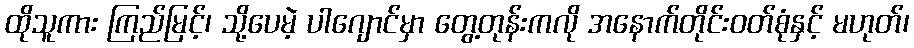
ထိုသူကား ကြည်မြင့်၊ သို့ပေမဲ့ ပါဂျောင်မှာ တွေ့တုန်းကလို အနောက်တိုင်းဝတ်စုံနှင့် မဟုတ်၊